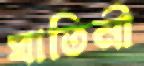
ঘাতিনী